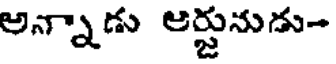
అన్నాడు ఆర్జునుడు-